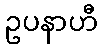
ဥပနာဟီ